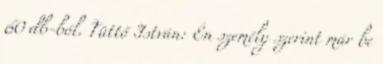
60 db-ból. Tüttő István: Én személy szerint már be